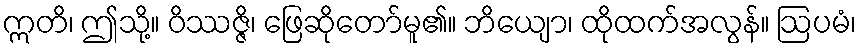
ဣတိ၊ ဤသို့။ ဝိဿဇ္ဇိ၊ ဖြေဆိုတော်မူ၏။ ဘိယျော၊ ထိုထက်အလွန်။ ဩပမံ၊